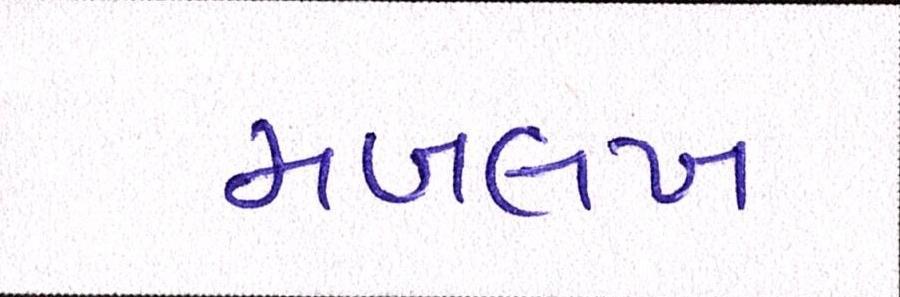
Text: મબલખ